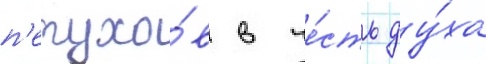
п'етухо́в в че́сть ду́ха